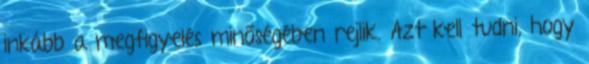
inkább a megfigyelés minőségében rejlik. Azt kell tudni, hogy